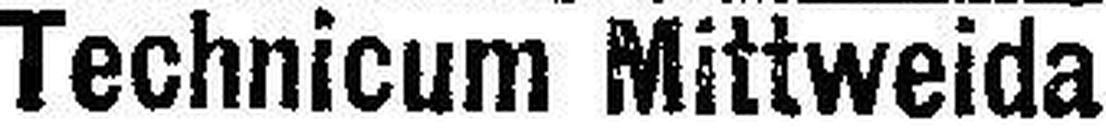
Technicum Mittweida